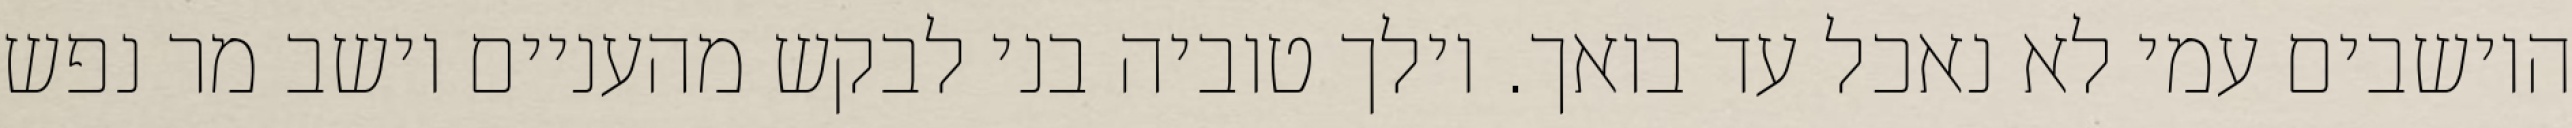
היושבים עמי לא נאכל עד בואך. וילך טוביה בני לבקש מהעניים וישב מר נפש